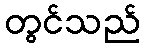
တွင်သည်